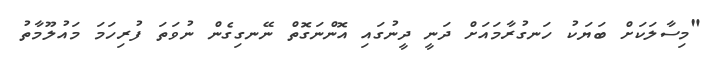
"މިސާލަކަށް ބަޔަކު ހަނގުރާމައަށް ދަނީ ދީނުގައި އޮންނަގޮތް ނޭނގިގެން ނުވަތަ ފުރިހަމަ މައުލޫމާތު